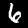
Digit: 6